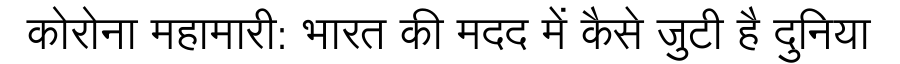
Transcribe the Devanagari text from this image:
कोरोना महामारी: भारत की मदद में कैसे जुटी है दुनिया